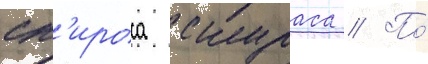
сп'ироса скураса // По́